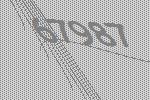
67987